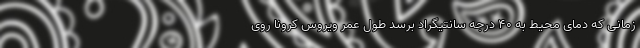
زمانی که دمای محیط به ۴۰ درجه سانتیگراد برسد طول عمر ویروس کرونا روی